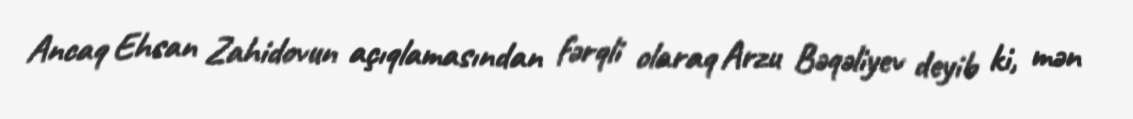
Ancaq Ehsan Zahidovun açıqlamasından fərqli olaraq Arzu Bəqəliyev deyib ki, mən